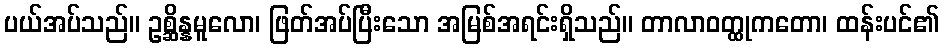
ပယ်အပ်သည်။ ဥစ္ဆိန္နမူလော၊ ဖြတ်အပ်ပြီးသော အမြစ်အရင်းရှိသည်။ တာလာဝတ္ထုကတော၊ ထန်းပင်၏